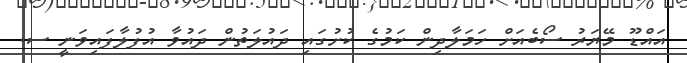
އައްޑޫ މޭޔަރު ސޯބެއަށް ހަމަލާދިން ކަމުގެ ކުށުގައި ދައުލަތުން ދައުވާ އުފުލާފައިވަނީ ސ.